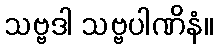
သဗ္ဗဒါ သဗ္ဗပါဏိနံ။